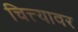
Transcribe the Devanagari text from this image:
चित्त्यावर